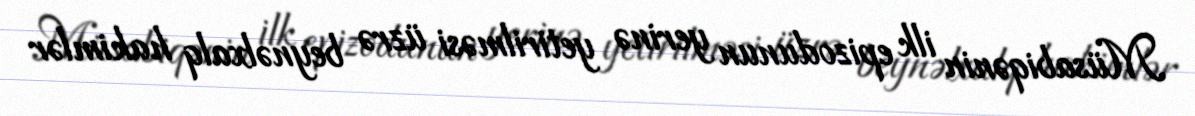
Müsabiqənin ilk epizodunun yerinə yetirilməsi üzrə beynəlxalq hakimlər